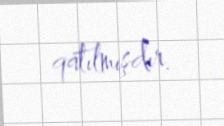
qatılmışdır.